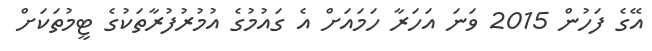
އޭގެ ފަހުން 2015 ވަނަ އަހަރާ ހަމައަށް އެ ގައުމުގެ އުމުރުފުރާތަކުގެ ޓީމުތަކަށް